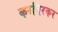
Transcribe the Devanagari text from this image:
करविरकर